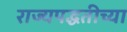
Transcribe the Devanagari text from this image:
राज्यपद्धतीच्या